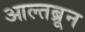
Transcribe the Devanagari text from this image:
आल्तब्रून